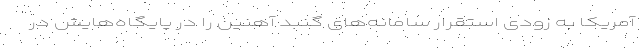
آمریکا به زودی استقرار سامانه‌های گنبد آهنین را در پایگاه‌هایش در